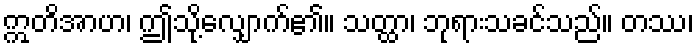
ဣတိအာဟ၊ ဤသို့လျှောက်၏။ သတ္ထာ၊ ဘုရားသခင်သည်။ တဿ၊